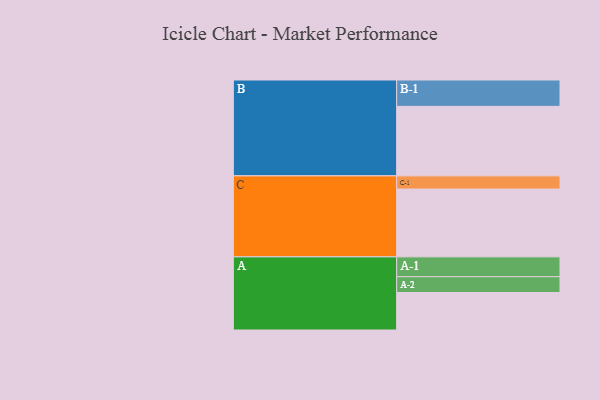
{"axis": {"x": "Segment", "y": "Value"}, "legend": ["", "A", "B", "C"], "data": [{"x": "A", "y": 310, "type": ""}, {"x": "B", "y": 575, "type": ""}, {"x": "C", "y": 561, "type": ""}, {"x": "A-1", "y": 164, "type": "A"}, {"x": "A-2", "y": 131, "type": "A"}, {"x": "B-1", "y": 218, "type": "B"}, {"x": "C-1", "y": 109, "type": "C"}]}